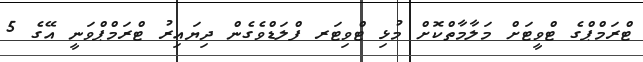
ޓްރަމްޕްގެ ޓްވީޓަށް މަލާމާތްކޮށް މުޅި ޓްވިޓަރ ފްލަޑްވެގެން ދިޔައިރު ޓްރަމްޕްވަނީ އޭގެ 5